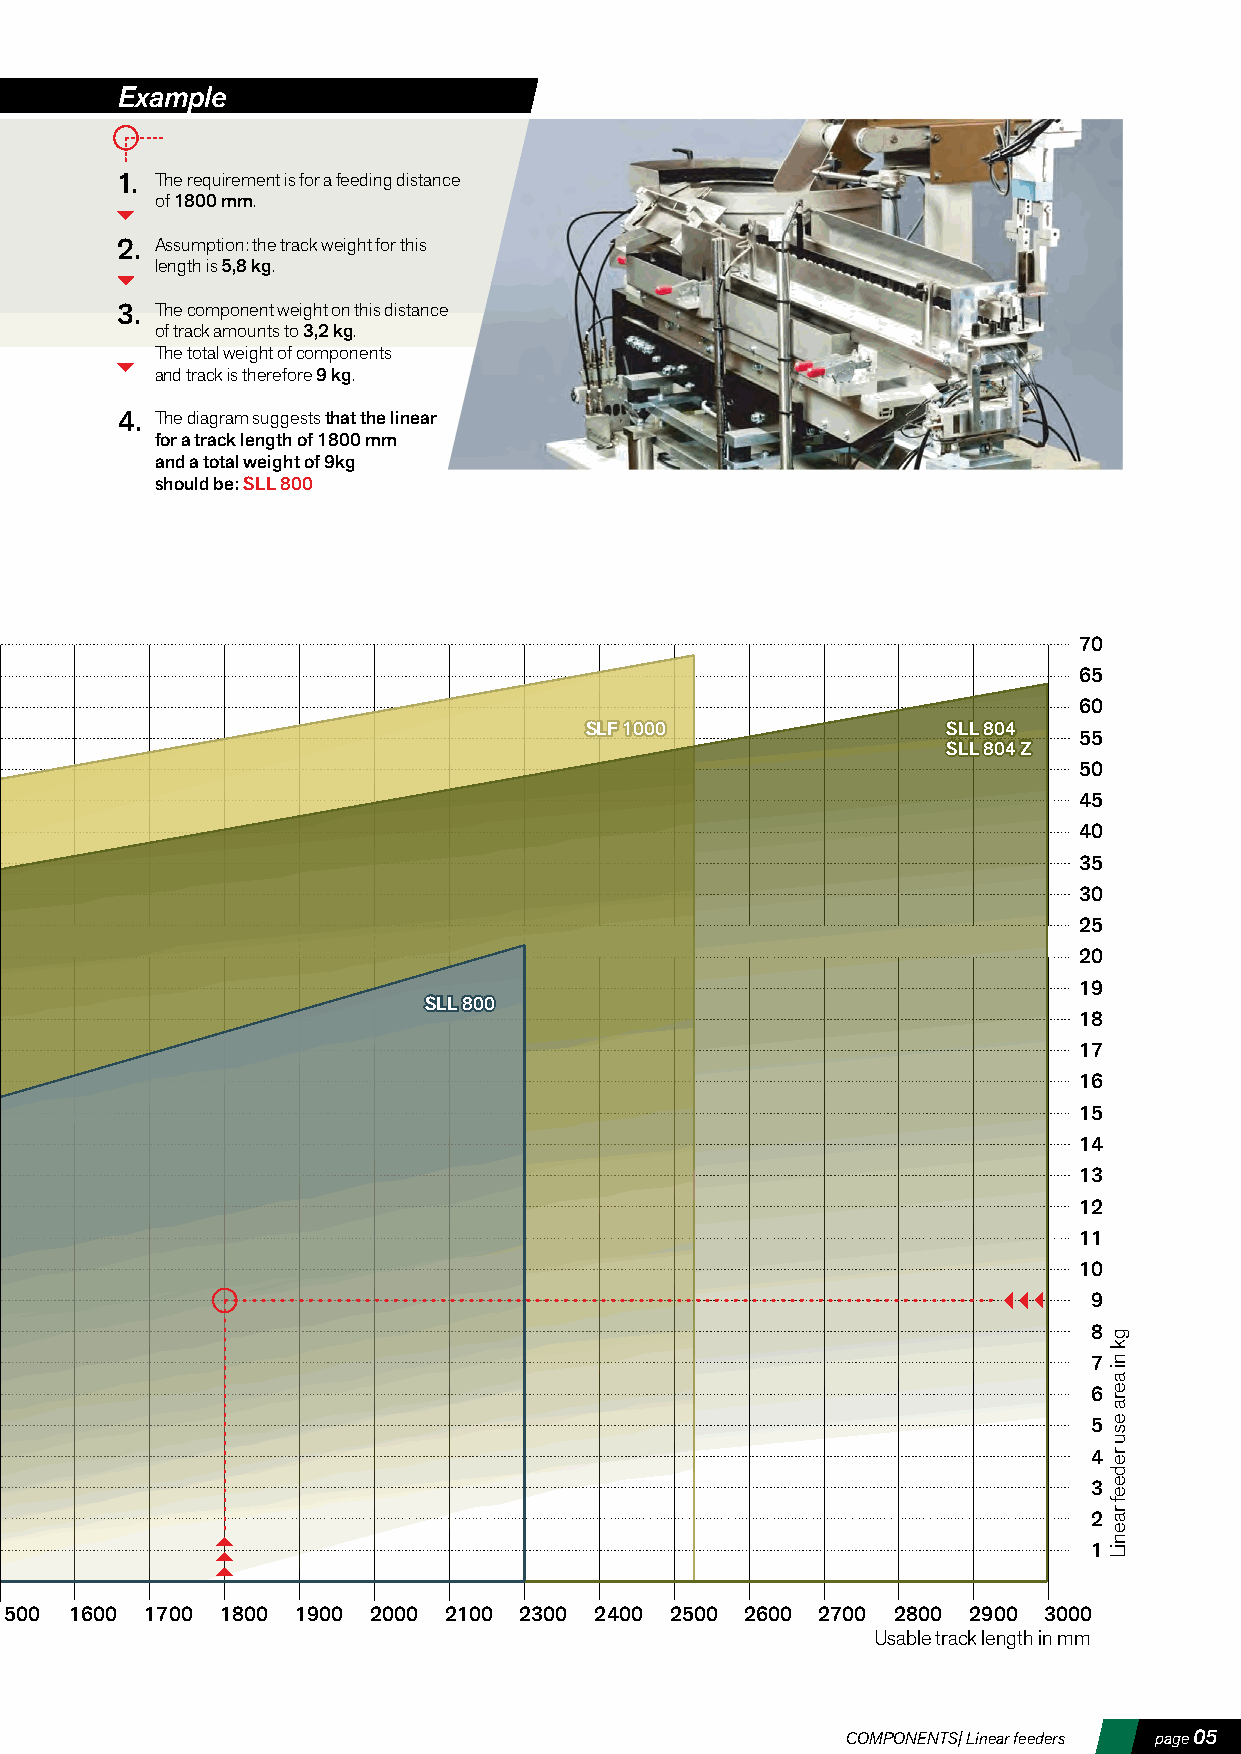
Example
 1. The requirement is for a feeding distance
 of 1800 mm.
 2. Assumption: the track weight for this
 length is 5,8 kg.
 3. The component weight on this distance
 of track amounts to 3,2 kg.
 The total weight of components
 and track is therefore 9 kg.
 4. The diagram suggests that the linear
 for a track length of 1800 mm
 and a total weight of 9kg
 should be: SLL 800
 70
 65
 60
 SSSLLLFFF 111000000000  SSSLLLLLL 888000444
 55
 SSSLLLLLL 888000444 ZZZ
 50
 45
 40
 35
 30
 25
 20
 19
 SSSLLLLLL 888000000
 18
 17
 16
 15
 14
 13
 12
 11
 10
 9
 8
 7
 6
 5
 4
 3
 2
 1
 500  1600 1700 1800 1900 2000 2100 2300 2400 2500 2600 2700 2800 2900 3000
 Usable track length in mm
 COMPONENTS| Linear feeders page 05
 gk
 ni
 aera
 esu
 redeef
 raeniL